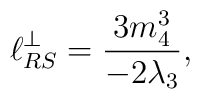
\ell_{RS}^\perp=\frac{3m_4^3}{-2\lambda_3},